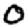
Digit: 0